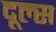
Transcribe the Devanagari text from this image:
दूल्स